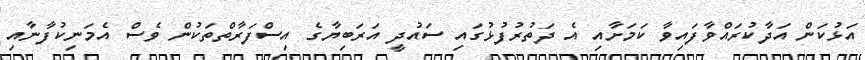
އަޅުކަން އަދާކުރައްވާފައިވާ ކަމަށާއި އެ ދަތުރުފުޅުގައި ސައުދީ އަރަބިޔާގެ އިސްފަރާތްތަކުން ވެސް އެމަނިކުފާނާއި